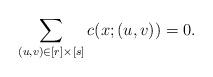
LaTeX: \begin{align*}\sum_{(u,v) \in [r]\times [s]}c(x; (u,v)) = 0.\end{align*}